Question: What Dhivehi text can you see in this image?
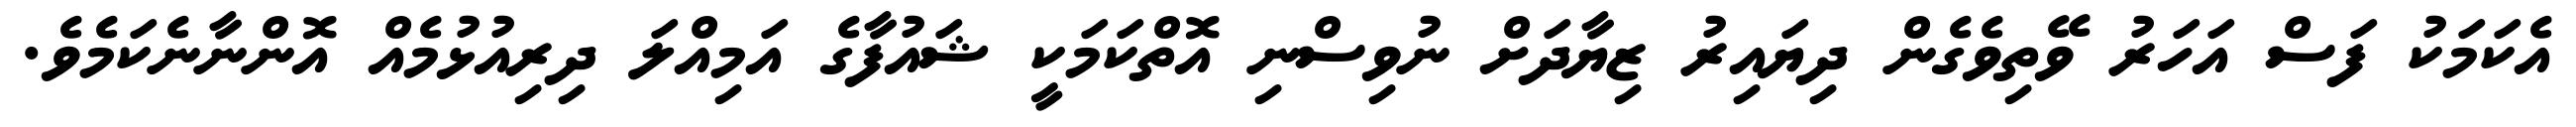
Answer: އެކަމަކު ފަސް އަހަރު ވޭތިވެގެން ދިޔައިރު ޒިޔާދަށް ނުވިސްނި އޮތްކަމަކީ ޝައުފާގެ އަމިއްލަ ދިރިއުޅުމެއް އޮންނާނެކަމެވެ.